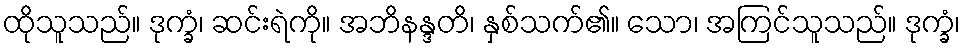
ထိုသူသည်။ ဒုက္ခံ၊ ဆင်းရဲကို။ အဘိနန္ဒတိ၊ နှစ်သက်၏။ သော၊ အကြင်သူသည်။ ဒုက္ခံ၊